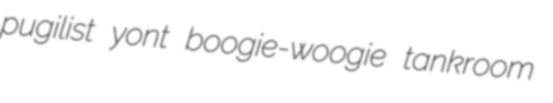
pugilist yont boogie-woogie tankroom